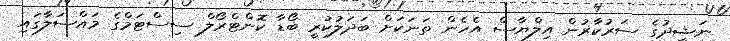
ނަޝީދުގެ ސަރުކާރުން އިލްޔާސް އެހެން ތަނަކަށް ބަދަލުކުރީ ބޯޑާ ކޮންޓްރޯލް ސިސްޓަމްގެ މައްސަލާގައި